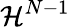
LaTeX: \mathcal H^{N-1}